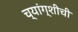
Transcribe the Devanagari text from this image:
च्यांग्शीची